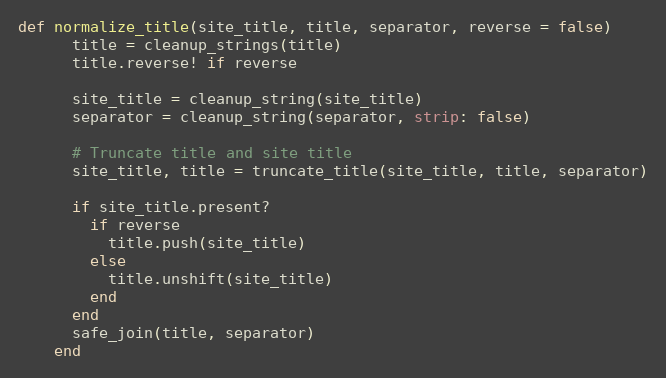
Language: Ruby
def normalize_title(site_title, title, separator, reverse = false)
      title = cleanup_strings(title)
      title.reverse! if reverse

      site_title = cleanup_string(site_title)
      separator = cleanup_string(separator, strip: false)

      # Truncate title and site title
      site_title, title = truncate_title(site_title, title, separator)

      if site_title.present?
        if reverse
          title.push(site_title)
        else
          title.unshift(site_title)
        end
      end
      safe_join(title, separator)
    end